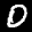
Label: 0